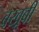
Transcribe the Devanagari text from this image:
बखू़बी